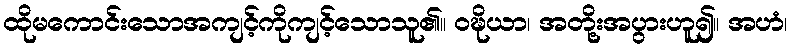
ထိုမကောင်းသောအကျင့်ကိုကျင့်သောသူ၏။ ဝဍ္ဎိယာ၊ အတို့းအပွားဟူ၍။ အဟံ၊